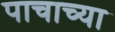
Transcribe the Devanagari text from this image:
पाचाच्या